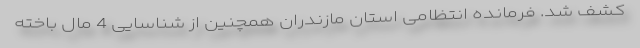
کشف شد. فرمانده انتظامی استان مازندران همچنین از شناسایی 4 مال باخته